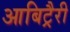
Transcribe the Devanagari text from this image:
आबिट्रैरी